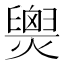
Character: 𤐫